Jaan_Tonisson_(Lasteleht), lk 19
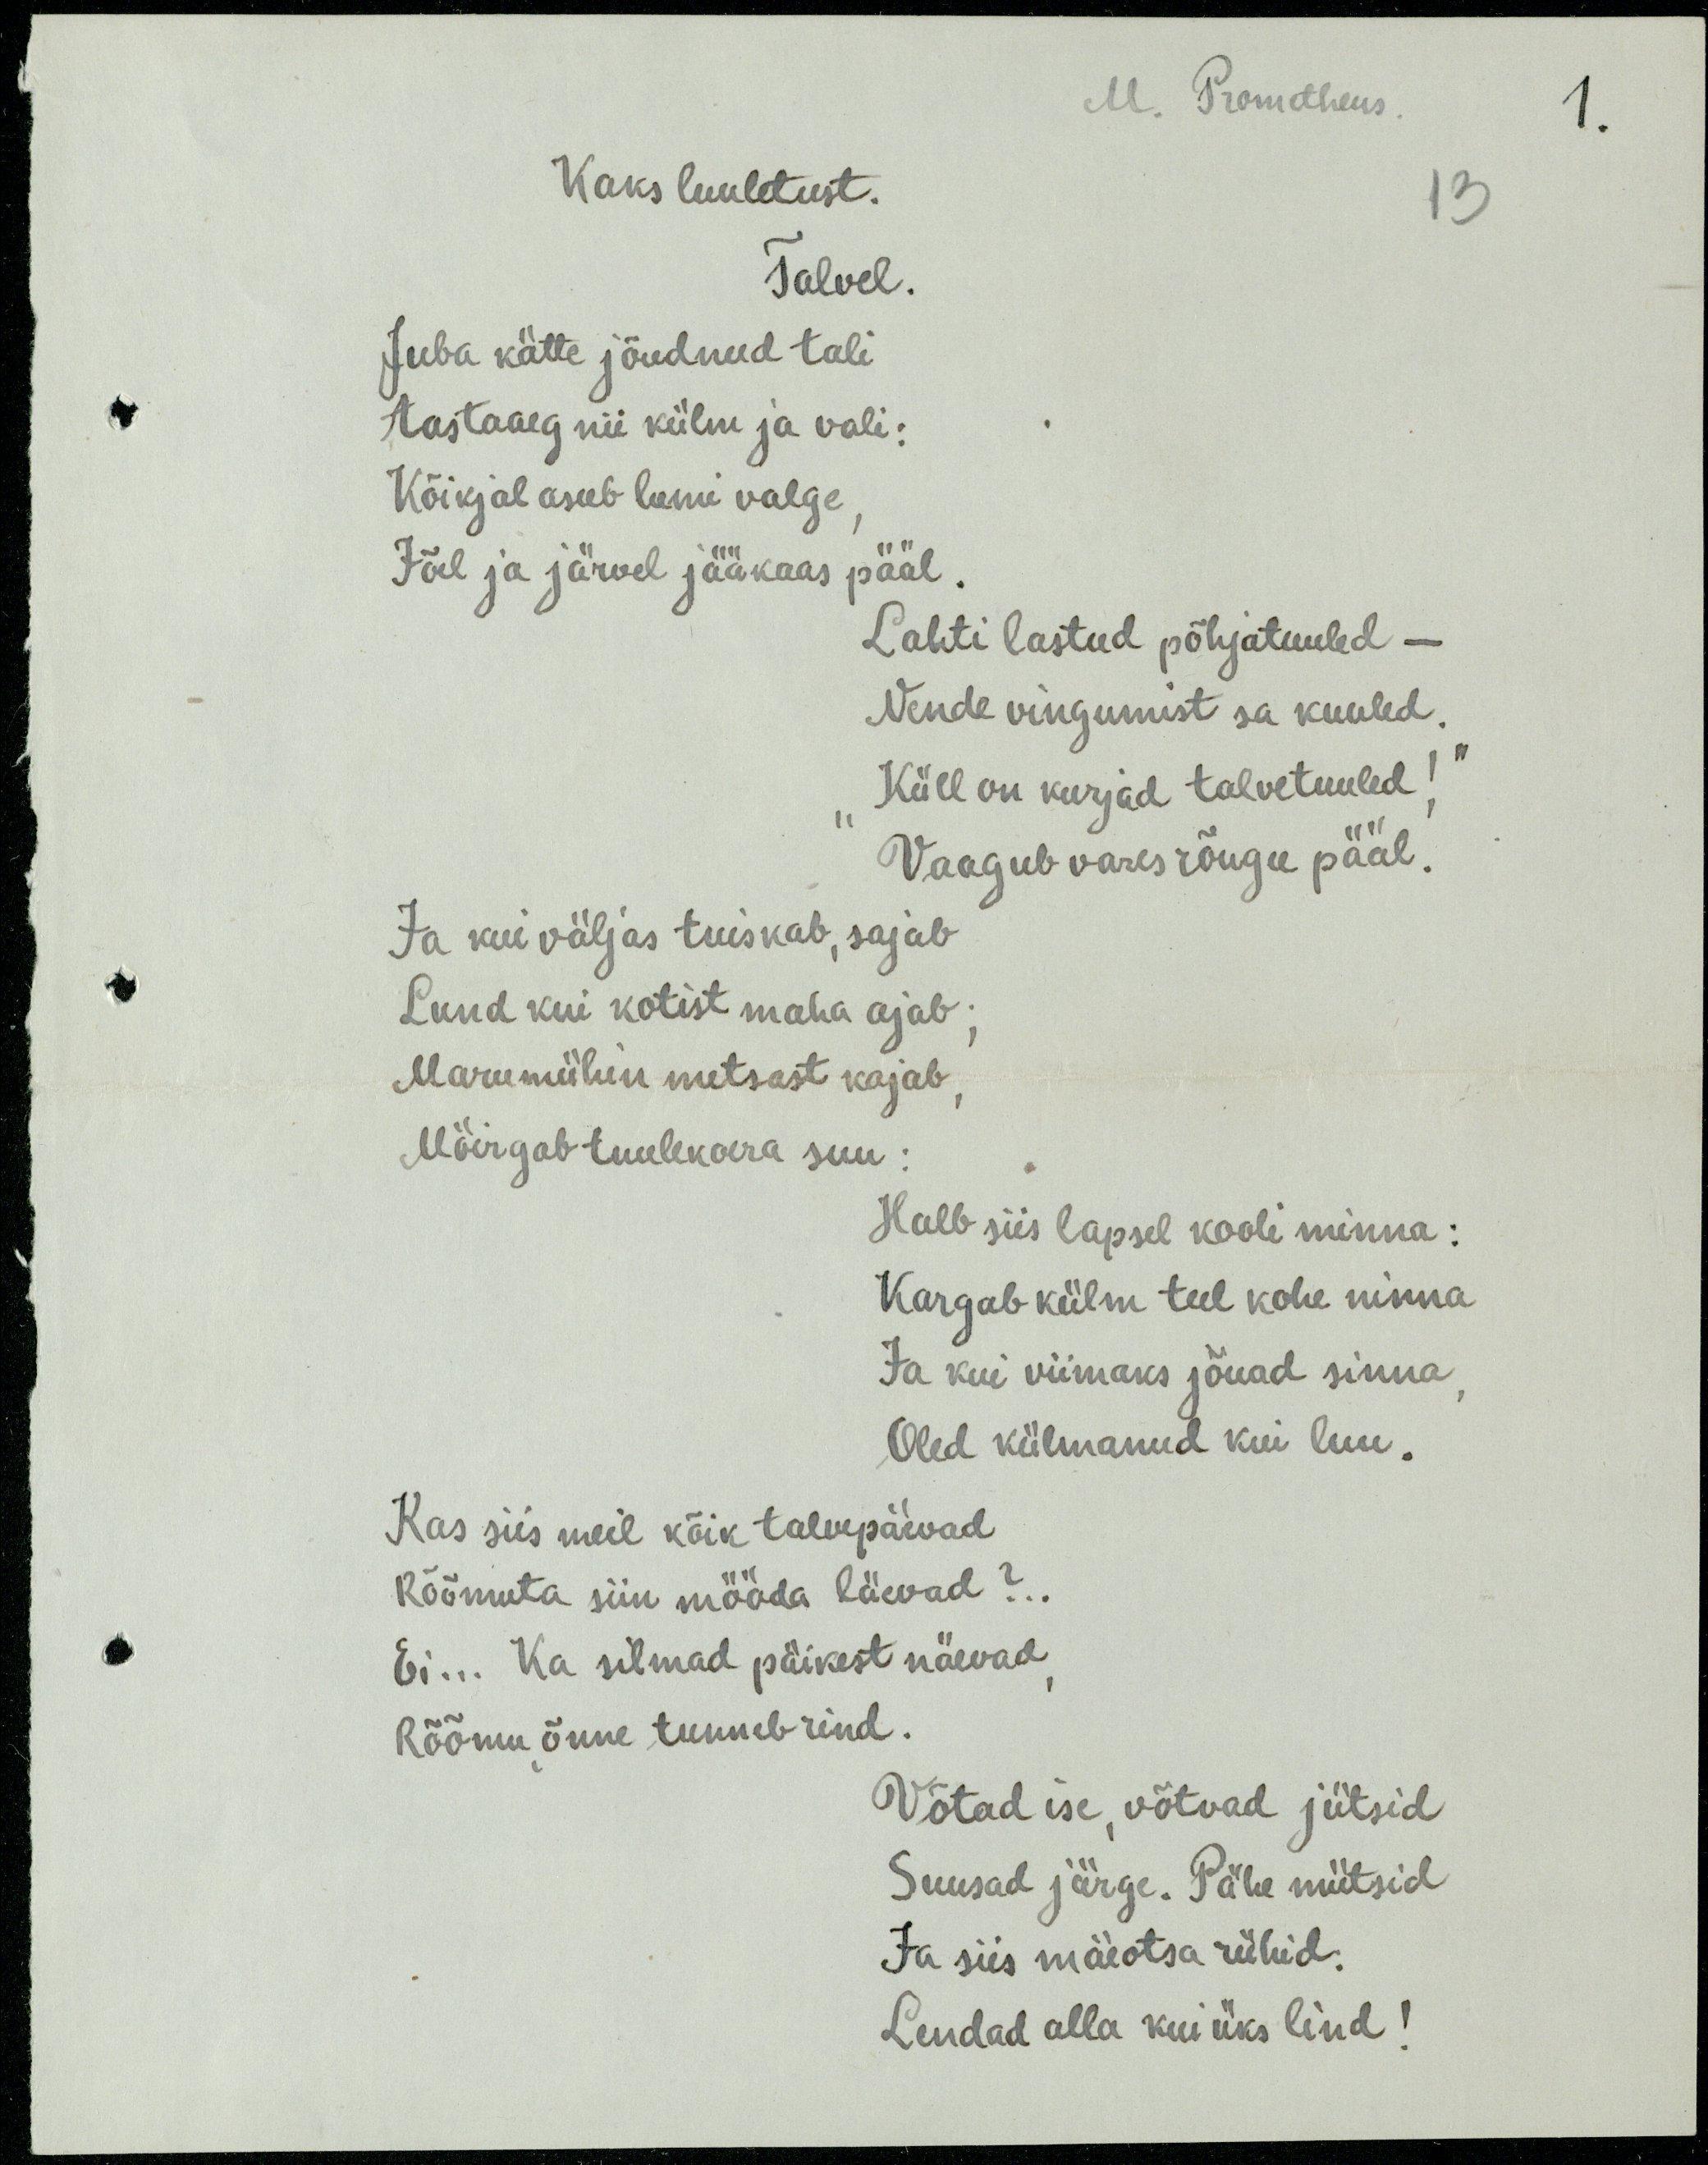
M. Prometheus.
Kaks luuletust.
Talvel.
Juba kätte jõudnud tali
Aastaaeg nii külm ja vali:
Kõikjal asub lumi valge
Jõel ja järvel jääkaas pääl
Lahti lastud põhjatuuled –
Nende vingumist sa kuuled
„Küll on kurjad talvetuuled!“
Vaagub vares rõugu pääl.
Ja kui väljas tuiskab, sajab
Lund kui kotist maha ajab;
Marumühin metsast kajab,
Möirgab tuulekoera suu:
Halb siis lapsel kooli minna:
Kargab külm teel kohe ninna
Ja kui viimaks jõuad sinna,
Oled külmanud kui luu.
Kas siis meil kõik talvepäevad 
Rõõmuta siin mööda läevad?..
Ei... Ka silmad päikest näevad,
Rõõmu, õnne tunneb rind.
Võtad ise, võtvad jütsid
Suusad järge. Pähe mütsid
Ja siis mäeotsa rühid.
Lendad alla kui üks lind!